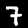
Digit: 7